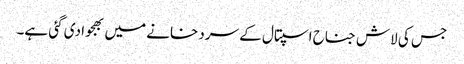
جس کی لاش جناح اسپتال کے سرد خانے میں بھجوا دی گئی ہے۔